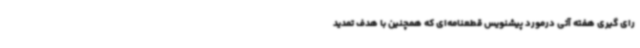
رای گیری هفته آتی درمورد پیشنویس قطعنامه‌ای که همچنین با هدف تمدید